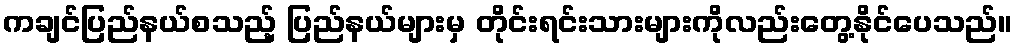
ကချင်ပြည်နယ်စသည့် ပြည်နယ်များမှ တိုင်းရင်းသားများကိုလည်းတွေ့နိုင်ပေသည်။